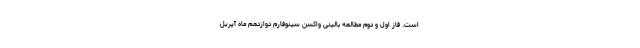
است. فاز اول و دوم مطالعه بالینی واکسن سینوفارم دوازدهم ماه آپریل